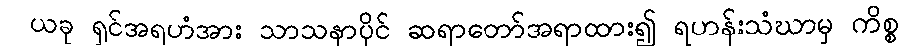
ယခု ရှင်အရဟံအား သာသနာပိုင် ဆရာတော်အရာထား၍ ရဟန်းသံဃာမှ ကိစ္စ